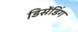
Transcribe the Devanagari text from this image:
डिसेंडिंग